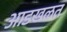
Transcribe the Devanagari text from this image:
आडखळत